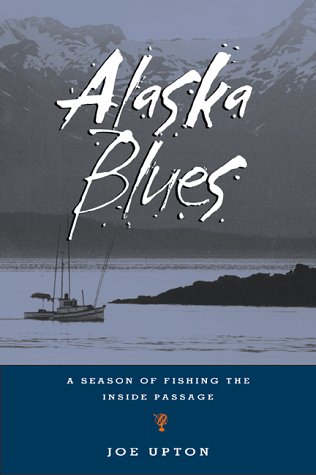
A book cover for Alaska Blues: A Season of Fishing the Inside Passage; Joe Upton; Travel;